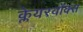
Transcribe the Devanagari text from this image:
क्लेयरवॉक्स